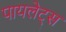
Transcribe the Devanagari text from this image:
पायलेट्स